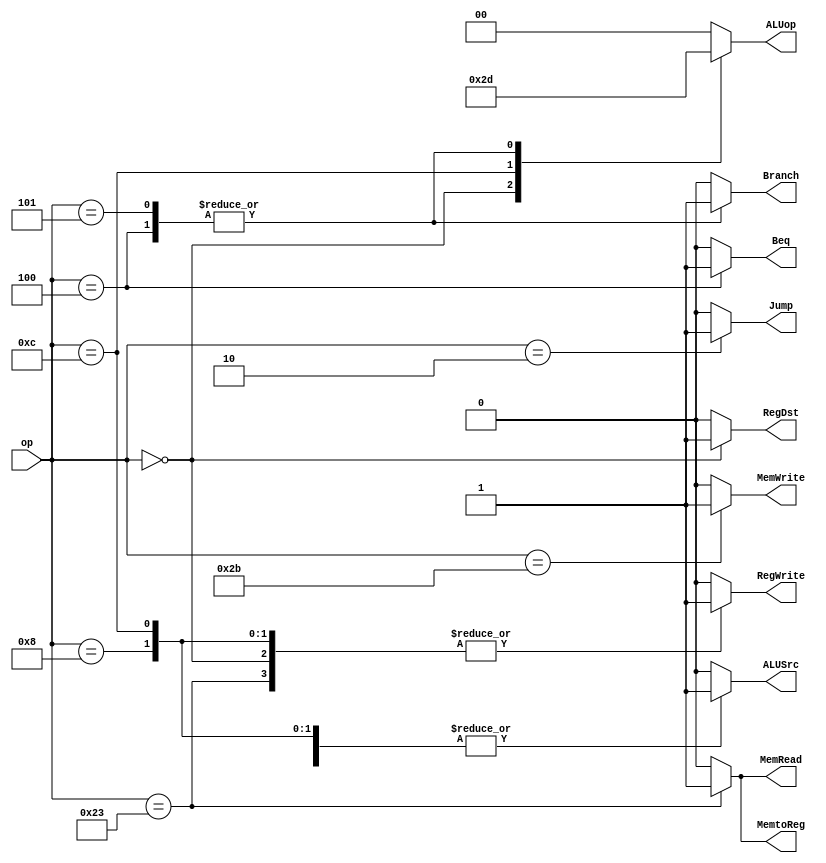
`timescale 1ns / 1ps

module control(RegDst, Jump, Branch, MemRead, MemtoReg, ALUop, MemWrite, ALUSrc, RegWrite, Beq, op);
    input   [5:0]   op;
    output          RegDst, Jump, Branch, MemRead, MemtoReg, MemWrite, ALUSrc, RegWrite, Beq;
    output  [1:0]   ALUop;

    reg             RegDst, Jump, Branch, MemRead, MemtoReg, MemWrite, ALUSrc, RegWrite, Beq;
    reg     [1:0]   ALUop;
    
    initial begin
        ALUop = 2'b00; RegDst = 0; Jump = 0; Branch = 0; MemRead = 0; MemtoReg = 0; MemWrite = 0; ALUSrc = 0; RegWrite = 0; Beq = 0;
    end

    always @(op) begin
        case (op)
            // lw
            6'b100011: begin
                ALUop = 2'b00; RegDst = 0; Jump = 0; Branch = 0; MemRead = 1; MemtoReg = 1; MemWrite = 0; ALUSrc = 1; RegWrite = 1; Beq = 0;
            end

            // sw
            6'b101011: begin
                ALUop = 2'b00; RegDst = 0; Jump = 0; Branch = 0; MemRead = 0; MemtoReg = 0; MemWrite = 1; ALUSrc = 1; RegWrite = 0; Beq = 0;
            end

            // R-type
            6'b000000: begin
                ALUop = 2'b10; RegDst = 1; Jump = 0; Branch = 0; MemRead = 0; MemtoReg = 0; MemWrite = 0; ALUSrc = 0; RegWrite = 1; Beq = 0;
            end

            // addi
            6'b001000: begin
                ALUop = 2'b00; RegDst = 0; Jump = 0; Branch = 0; MemRead = 0; MemtoReg = 0; MemWrite = 0; ALUSrc = 1; RegWrite = 1; Beq = 0;
            end

            // andi
            6'b001100: begin
                ALUop = 2'b11; RegDst = 0; Jump = 0; Branch = 0; MemRead = 0; MemtoReg = 0; MemWrite = 0; ALUSrc = 1; RegWrite = 1; Beq = 0;
            end

            // beq
            6'b000100: begin
                ALUop = 2'b01; RegDst = 0; Jump = 0; Branch = 1; MemRead = 0; MemtoReg = 0; MemWrite = 0; ALUSrc = 0; RegWrite = 0; Beq = 1;
            end

            // bne
            6'b000101: begin
                ALUop = 2'b01; RegDst = 0; Jump = 0; Branch = 1; MemRead = 0; MemtoReg = 0; MemWrite = 0; ALUSrc = 0; RegWrite = 0; Beq = 0;
            end

            // j
            6'b000010: begin
                ALUop = 2'b00; RegDst = 0; Jump = 1; Branch = 0; MemRead = 0; MemtoReg = 0; MemWrite = 0; ALUSrc = 0; RegWrite = 0; Beq = 0;
            end
            
            default: begin
                ALUop = 2'b00; RegDst = 0; Jump = 0; Branch = 0; MemRead = 0; MemtoReg = 0; MemWrite = 0; ALUSrc = 0; RegWrite = 0; Beq = 0;
            end
        endcase
    end
endmodule